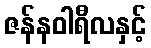
ဇန်နဝါရီလနှင့်